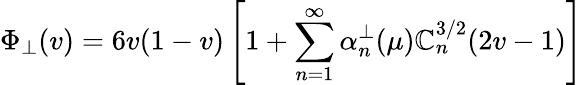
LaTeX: \Phi_{\perp}(v)=6v(1-v)\left[1+\sum_{n=1}^{\infty}\alpha_{n}^{\perp}(\mu)\mathbb{C}_{n}^{3/2}(2v-1)\right]